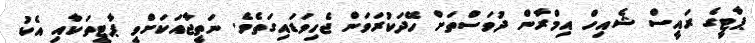
ޕާޓީގެ ރައީސް ޝެއިހް އިމްރާން ދުވަސްތަށް ހޭދަކުރަވަން ޖެހިވަޑައިގަތެވެ. ނަތީޖާއަކަށްވީ ޕާޓީތަކާއި އެކު